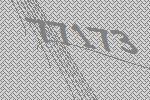
77173